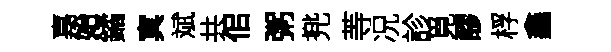
嘉始鐍㝠斌共佀粥兠䓁况診覓醪桴鑫